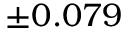
\pm 0 . 0 7 9